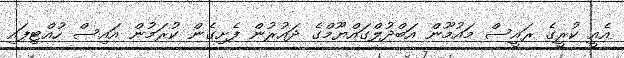
އެއީ ކުރީގެ ރައީސް މައުމޫން އަބްދުލްގައްޔޫމްގެ ދައުރުން ފެށިގެން ކުރަމުން އައިސް ހުއްޓިފައި